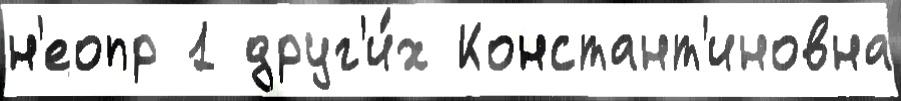
н'еопр 1 друг'и́х Констант'иновна